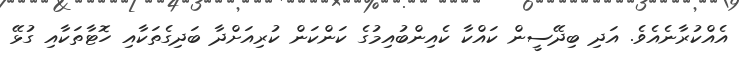
އެއްކުރާނެއެވެ. އަދި ބިދޭސީން ކައްކާ ކެއިންބުއިމުގެ ކަންކަން ކުރިއަށްދާ ބަދިގެތަކާއި ހޮޓާތަކާއި ގުޅޭ